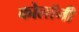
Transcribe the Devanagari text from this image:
कोलॉनी